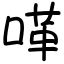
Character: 㗆